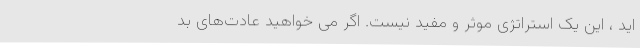
اید ، این یک استراتژی موثر و مفید نیست. اگر می خواهید عادت‌های بد